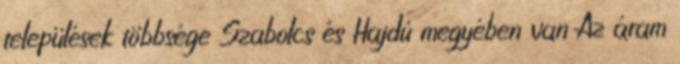
települések többsége Szabolcs és Hajdú megyében van Az áram